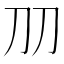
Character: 𠚪